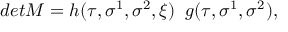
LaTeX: d e t M = h ( \tau , \sigma ^ { 1 } , \sigma ^ { 2 } , \xi ) \; \; g ( \tau , \sigma ^ { 1 } , \sigma ^ { 2 } ) , \nonumber